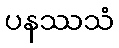
ပနဿသံ